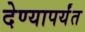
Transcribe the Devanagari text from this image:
देण्यापर्यंत